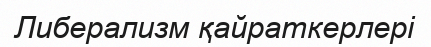
Либерализм қайраткерлері